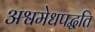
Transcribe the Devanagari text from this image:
अश्वमेधपद्धति